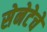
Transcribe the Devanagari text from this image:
सेनेटेचे